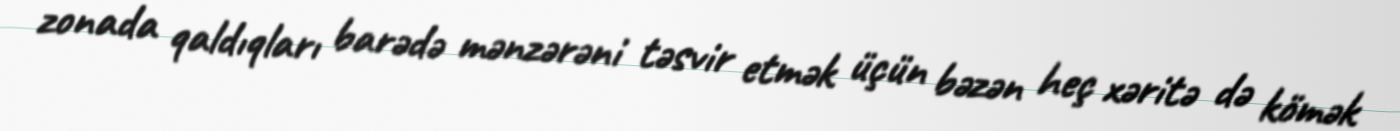
zonada qaldıqları barədə mənzərəni təsvir etmək üçün bəzən heç xəritə də kömək